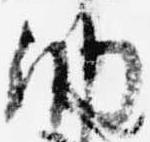
納